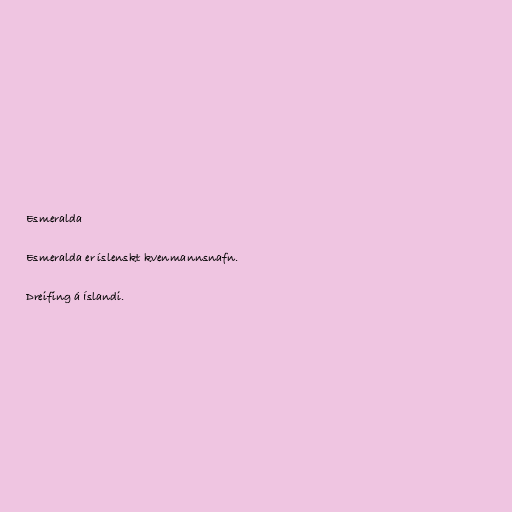
Esmeralda

Esmeralda er íslenskt kvenmannsnafn.

Dreifing á Íslandi.